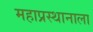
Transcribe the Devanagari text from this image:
महाप्रस्थानाला